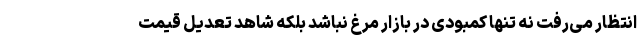
انتظار می‌رفت نه تنها کمبودی در بازار مرغ نباشد بلکه شاهد تعدیل قیمت